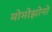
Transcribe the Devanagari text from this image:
मोमोझोनो